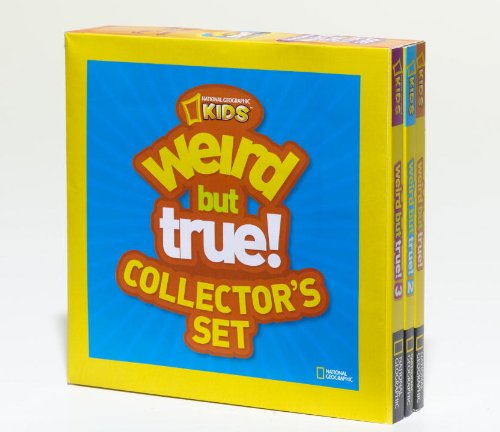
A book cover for Weird but True Collector's Set (Boxed Set): 900 Outrageous Facts; National Geographic Kids; Children's Books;